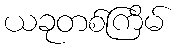
ယခုတစ်ကြိမ်